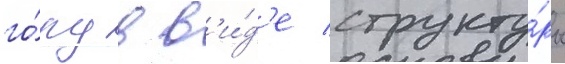
го́ру в в'и́д'е структу́ры